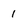
Character: 1